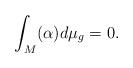
LaTeX: \begin{align*}\int_M (\alpha)d\mu_g=0.\end{align*}